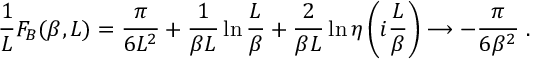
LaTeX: \frac { 1 } { L } F _ { B } ( \beta , L ) = \frac { \pi } { 6 L ^ { 2 } } + \frac { 1 } { \beta L } \ln { \frac { L } { \beta } } + \frac { 2 } { \beta L } \ln { \eta \left( i \frac { L } { \beta } \right) } \longrightarrow - \frac { \pi } { 6 \beta ^ { 2 } } \; .